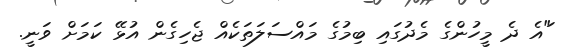
"ައެ ދެ މީހުންގެ މެދުގައި ބިމުގެ މައްސަލަތަކެއް ޖެހިގެން އުޅޭ ކަމަށް ވަނީ.